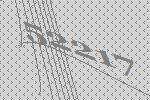
52217